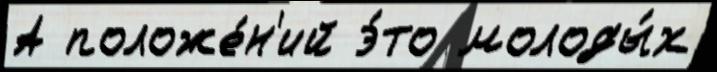
А положе́н'ий э́то молоды́х